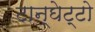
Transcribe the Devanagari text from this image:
टान्घेट्टो